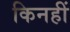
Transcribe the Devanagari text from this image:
किनहीं